NAE_EAOK_eestikeelsed_sunnimeetrikad, lk 42
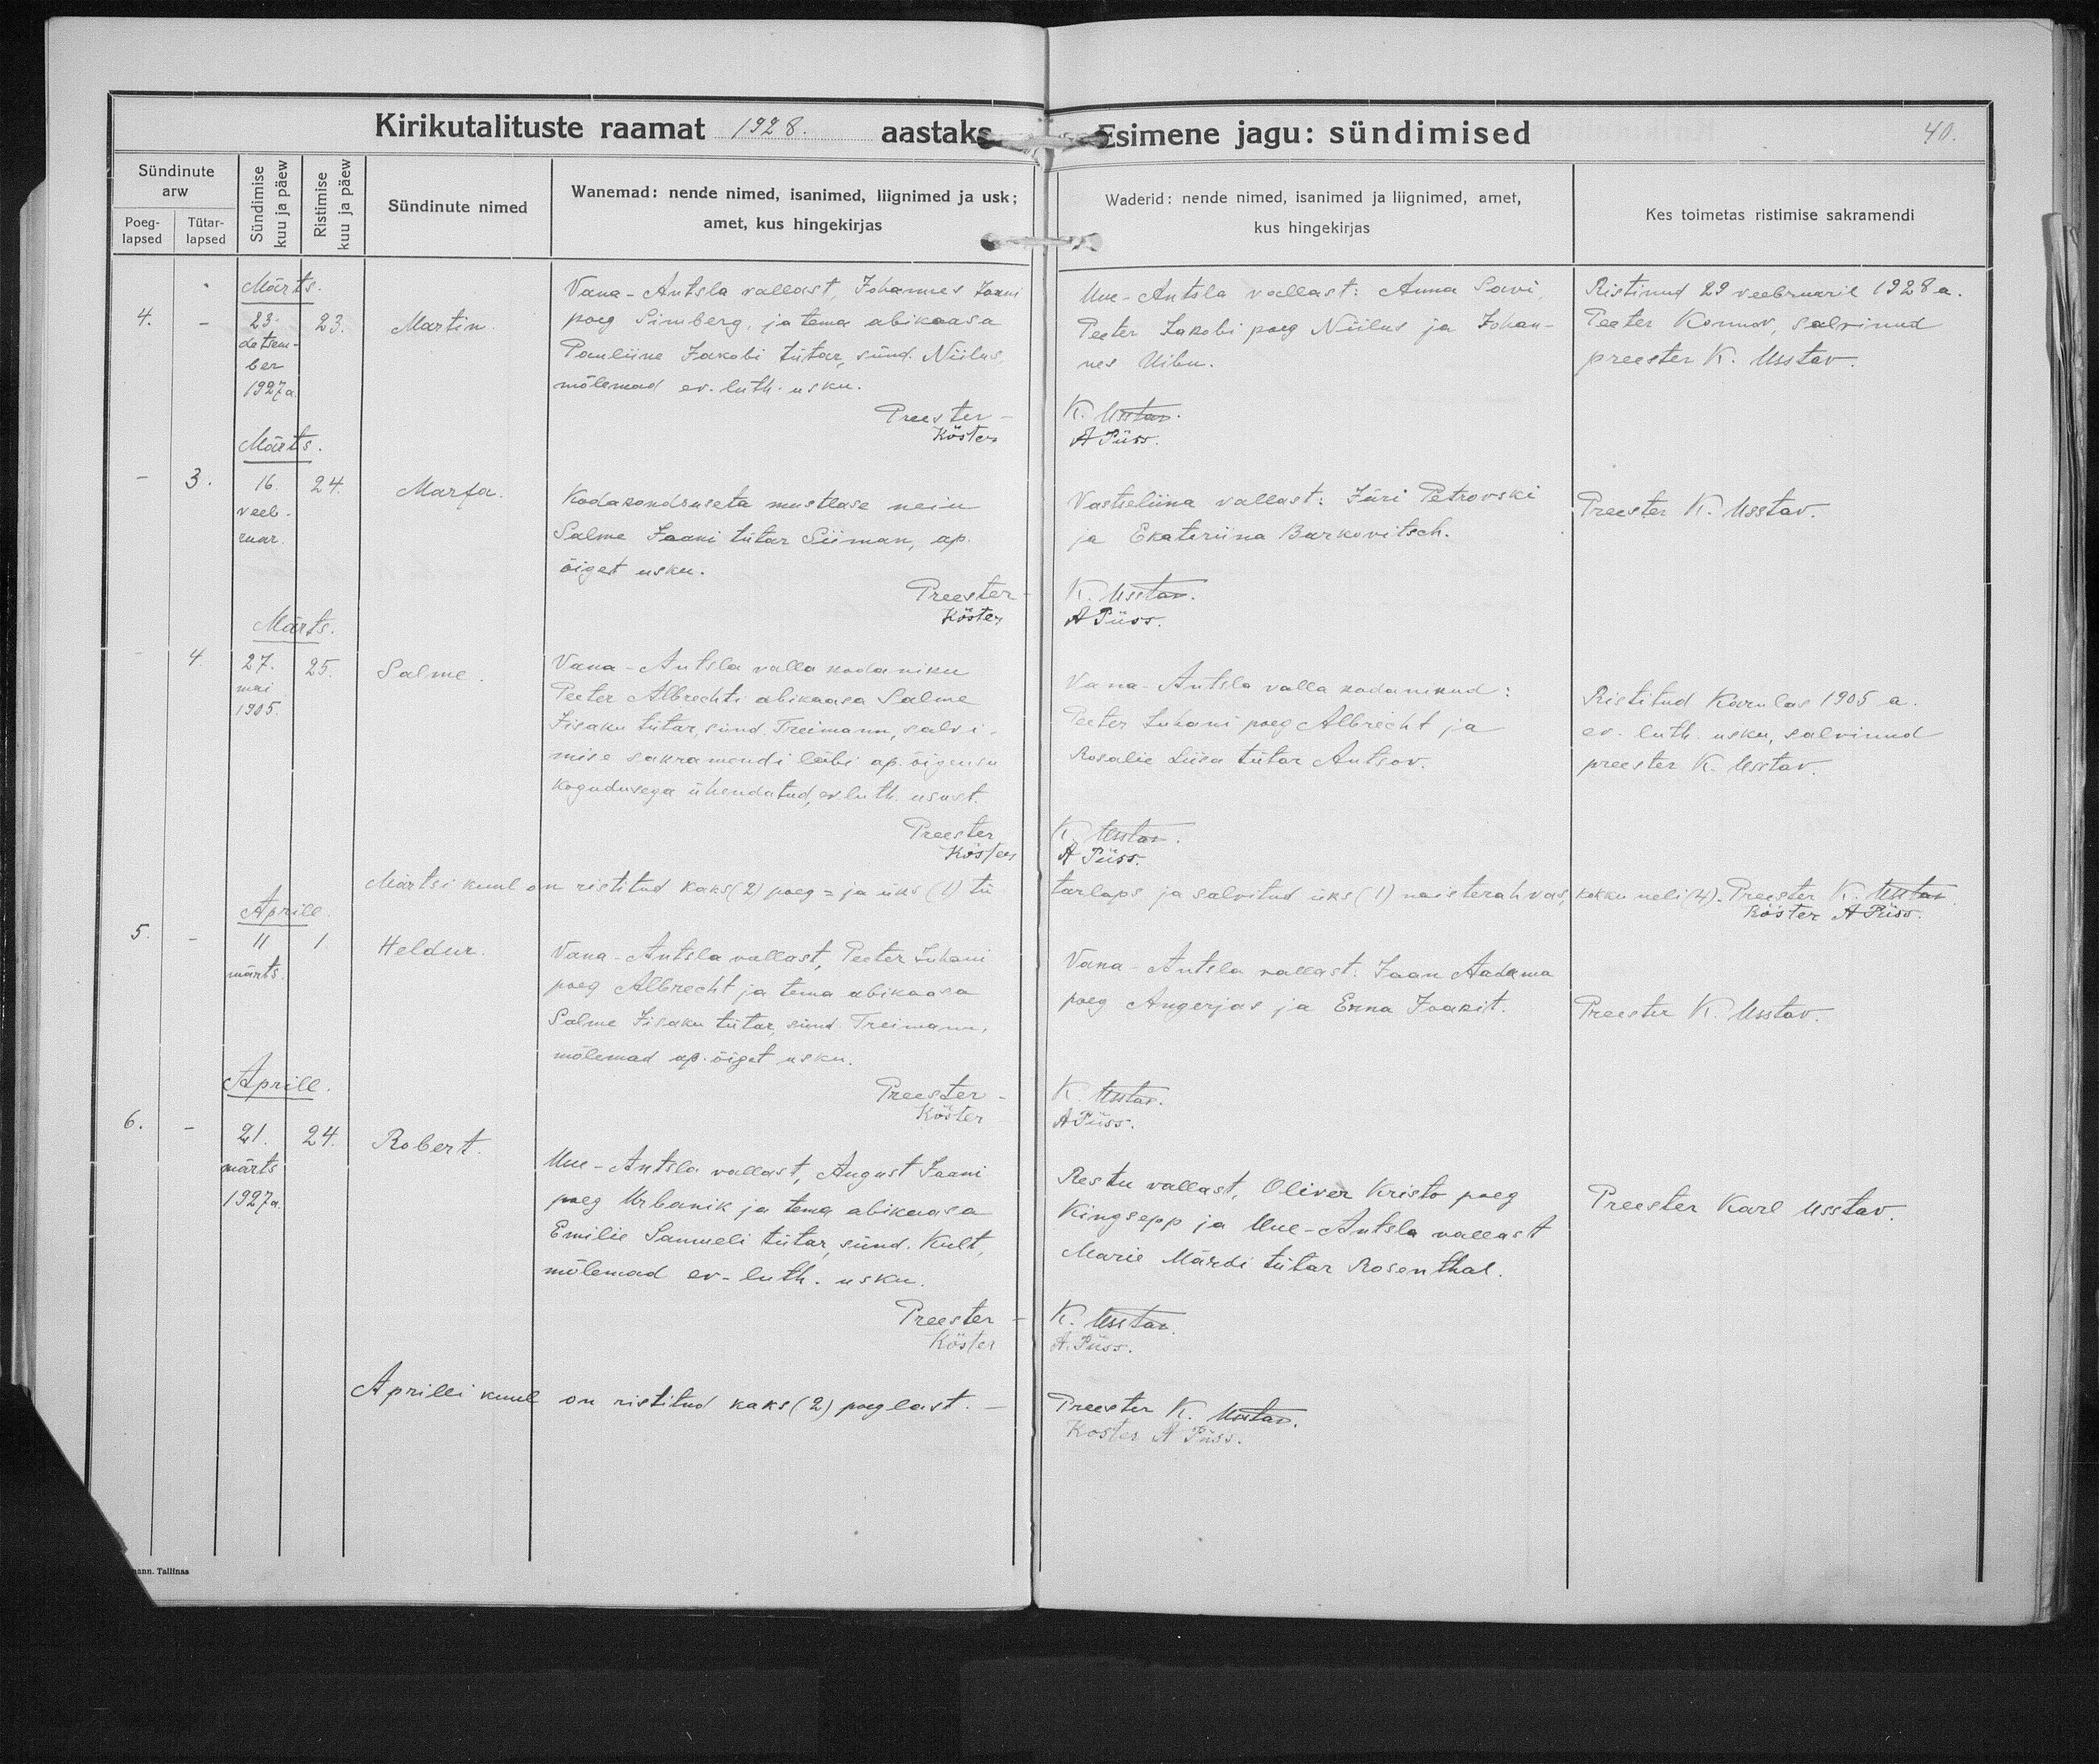
Martin.

Marta.

Salme.

Heldur.

Robert

Vana-Antsla vallast, Johannes Jaani
poeg Simberg, ja tema abikaasa
Pauliine Jakobi tütar, sünd. Niilus,
mõlemad ev. luth. usku.

Kodakondsuseta mustlase neiu
Salme Jaani tütar Siiman, ap.
õiget usku.

Vana-Antsla valla kodaniku
Peeter Albrechti abikaasa Salme
Iisaku tütar, sünd. Treimann, salvi-
mise sakramendi läbi ap. õigeusu
kogudusega ühendatud, ev. luth. usust.

Vana-Antsla vallast, Peeter Juhani
poeg Albrecht ja tema abikaasa
Salme Iisaku tütar, sünd. Treimann,
mõlemad ap. õiget usku.

Uue-Antsla vallast, August Jaani
poeg Urbanik ja tema abikaasa
Emilie Samueli tütar, sünd. Kult,
mõlemad ev-luth. usku.